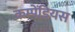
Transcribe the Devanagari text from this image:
कम्पेंडियस